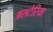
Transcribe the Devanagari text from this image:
असटेरिया